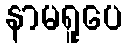
နာမရူပေ